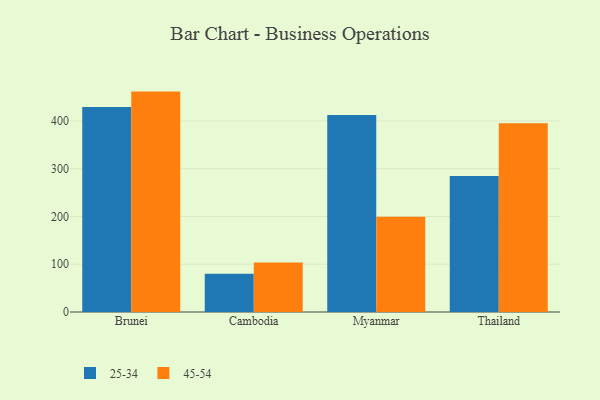
{"axis": {"x": "Country", "y": "Active Users"}, "legend": ["25-34", "45-54"], "data": [{"x": "Brunei", "y": 428.9, "type": "25-34"}, {"x": "Brunei", "y": 461.4, "type": "45-54"}, {"x": "Cambodia", "y": 80.1, "type": "25-34"}, {"x": "Cambodia", "y": 103.8, "type": "45-54"}, {"x": "Myanmar", "y": 412.3, "type": "25-34"}, {"x": "Myanmar", "y": 199.4, "type": "45-54"}, {"x": "Thailand", "y": 284.8, "type": "25-34"}, {"x": "Thailand", "y": 395.1, "type": "45-54"}]}